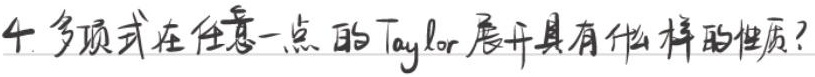
4. 多项式在任意一点的 Taylor 展开具有什么样的性质？